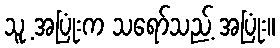
သူ့ အပြုံးက သရော်သည့် အပြုံး။